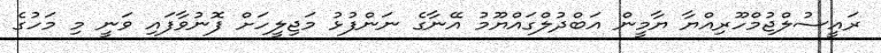
ރައީސުލްޖުމްހޫރިއްޔާ ޔާމީން އަބްދުލްގައްޔޫމު އޭނާގެ ނަންފުޅު މަޖިލީހަށް ފޮނުވާފައި ވަނީ މި މަހުގެ